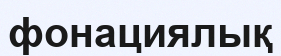
фонациялық